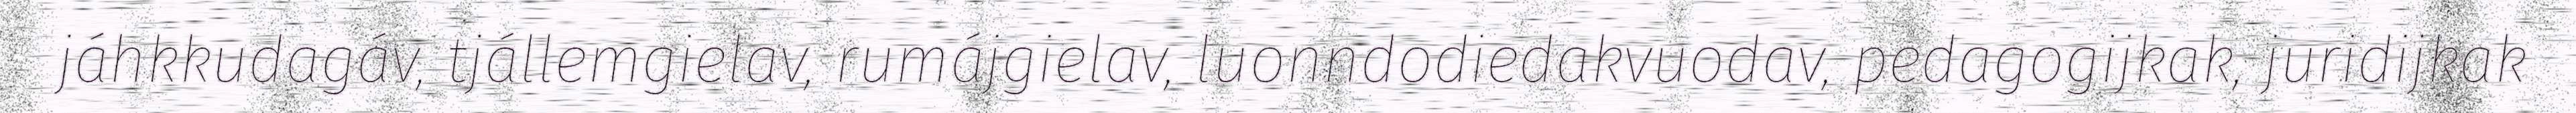
jáhkkudagáv, tjállemgielav, rumájgielav, luonndodiedakvuodav, pedagogijkak, juridijkak